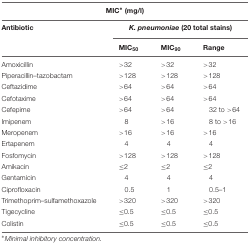
<table><thead><tr><td colspan="4"><b>MIC<sup>∗</sup> (mg/l)</b></td></tr><tr><td><b>Antibiotic</b></td><td colspan="3"><b><i>K. pneumoniae</i> (20 total stains)</b></td></tr><tr><td></td><td><b>MIC<sub>50</sub></b></td><td><b>MIC<sub>90</sub></b></td><td><b>Range</b></td></tr></thead><tbody><tr><td>Amoxicillin</td><td>&gt;32</td><td>&gt;32</td><td>&gt;32</td></tr><tr><td>Piperacillin–tazobactam</td><td>&gt;128</td><td>&gt;128</td><td>&gt;128</td></tr><tr><td>Ceftazidime</td><td>&gt;64</td><td>&gt;64</td><td>&gt;64</td></tr><tr><td>Cefotaxime</td><td>&gt;64</td><td>&gt;64</td><td>&gt;64</td></tr><tr><td>Cefepime</td><td>&gt;64</td><td>&gt;64</td><td>32 to &gt;64</td></tr><tr><td>Imipenem</td><td>8</td><td>&gt;16</td><td>8 to &gt;16</td></tr><tr><td>Meropenem</td><td>&gt;16</td><td>&gt;16</td><td>&gt;16</td></tr><tr><td>Ertapenem</td><td>4</td><td>4</td><td>4</td></tr><tr><td>Fosfomycin</td><td>&gt;128</td><td>&gt;128</td><td>&gt;128</td></tr><tr><td>Amikacin</td><td>≤2</td><td>≤2</td><td>≤2</td></tr><tr><td>Gentamicin</td><td>4</td><td>4</td><td>4</td></tr><tr><td>Ciprofloxacin</td><td>0.5</td><td>1</td><td>0.5–1</td></tr><tr><td>Trimethoprim–sulfamethoxazole</td><td>&gt;320</td><td>&gt;320</td><td>&gt;320</td></tr><tr><td>Tigecycline</td><td>≤0.5</td><td>≤0.5</td><td>≤0.5</td></tr><tr><td>Colistin</td><td>≤0.5</td><td>≤0.5</td><td>≤0.5</td></tr></tbody></table>